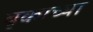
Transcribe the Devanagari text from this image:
वृकाच्या